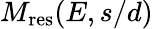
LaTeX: M_{\mathrm{{res}}}(E,s/d)